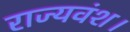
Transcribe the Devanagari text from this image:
राज्यवंश।